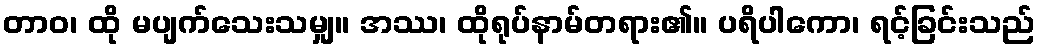
တာဝ၊ ထို မပျက်သေးသမျှ။ အဿ၊ ထိုရုပ်နာမ်တရား၏။ ပရိပါကော၊ ရင့်ခြင်းသည်